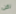
لكن